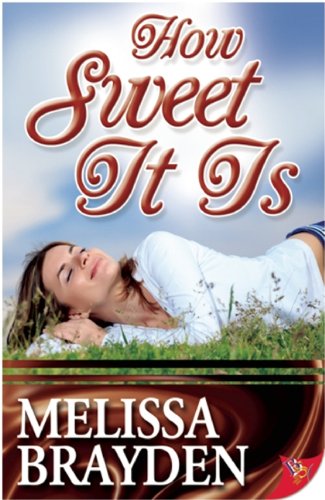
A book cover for How Sweet It Is; Melissa Brayden; Romance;